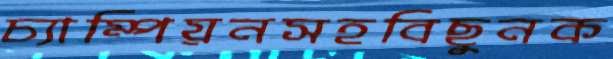
চ্যাম্পিয়নসহবিছুনক